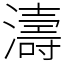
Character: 濤